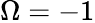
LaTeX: \Omega=-1